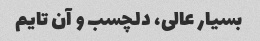
بسیار عالی، دلچسب و آن تایم